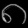
Digit: ၈